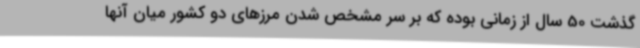
گذشت 50 سال از زمانی بوده که بر سر مشخص شدن مرزهای دو کشور میان آنها